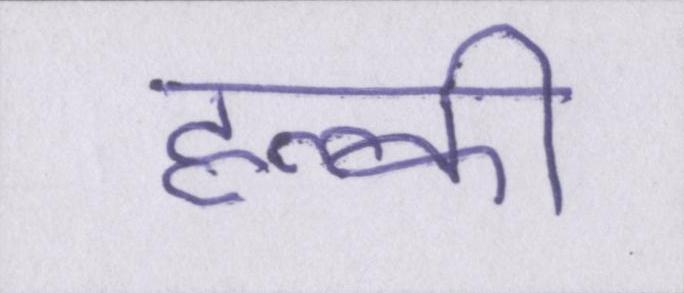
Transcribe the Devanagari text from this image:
हल्की